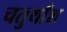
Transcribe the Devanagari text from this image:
चतुर्थाँश